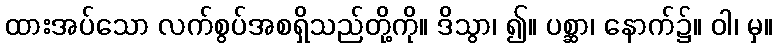
ထားအပ်သော လက်စွပ်အစရှိသည်တို့ကို။ ဒိသွာ၊ ၍။ ပစ္ဆာ၊ နောက်၌။ ဝါ၊ မှ။